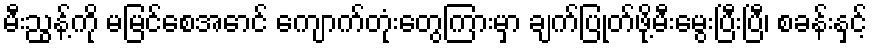
မီးညွန့်ကို မမြင်စေအောင် ကျောက်တုံးတွေကြားမှာ ချက်ပြုတ်ဖို့မီးမွေးပြီးပြီ၊ စခန်းနှင့်